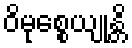
ဝိမုစ္စေယျုန္တိ